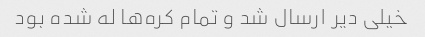
خیلی دیر ارسال شد و تمام کره‌ها له شده بود